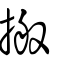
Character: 搬